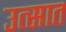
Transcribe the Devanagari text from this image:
उत्सात